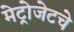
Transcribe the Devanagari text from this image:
मेट्रोजेटचे